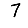
Digit: 7